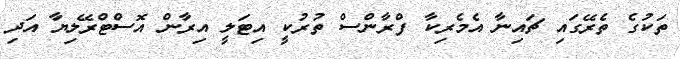
ތަކުގެ ތެރޭގައި ޗައިނާ އެމެރިކާ ފްރާންސް ތުރުކީ އިޓަލީ އިރާން އޮސްޓްރޭލިޔާ އަދި